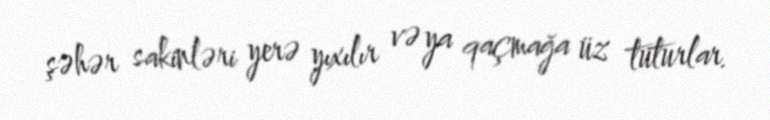
şəhər sakinləri yerə yıxılır və ya qaçmağa üz tuturlar.